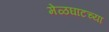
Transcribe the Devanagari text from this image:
मेळघाटच्या